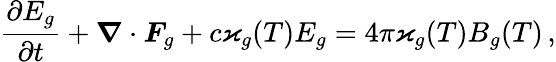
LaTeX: \frac{\partial E_{g}}{\partial t}+\boldsymbol{\nabla}\cdot\boldsymbol{F}_{g}+c\varkappa_{g}(T)E_{g}=4\pi\varkappa_{g}(T)B_{g}(T)\, ,